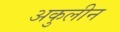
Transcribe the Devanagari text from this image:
अकुलीन